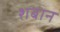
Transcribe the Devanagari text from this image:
शबान